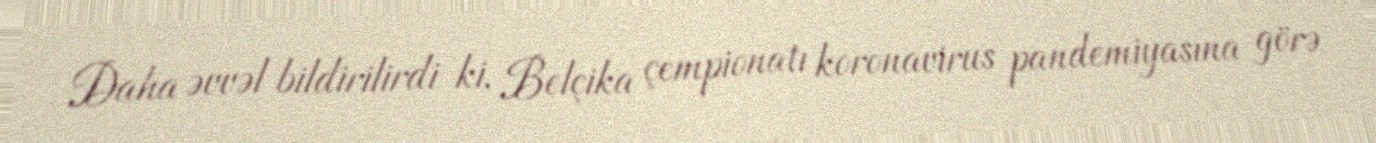
Daha əvvəl bildirilirdi ki, Belçika çempionatı koronavirus pandemiyasına görə